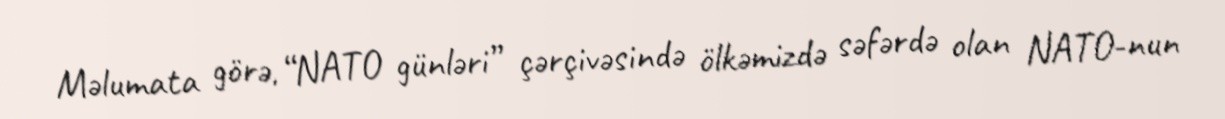
Məlumata görə, “NATO günləri” çərçivəsində ölkəmizdə səfərdə olan NATO-nun